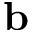
\mathbf { b }